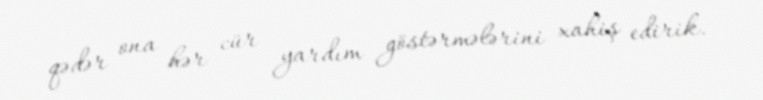
qədər ona hər cür yardım göstərmələrini xahiş edirik.